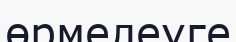
өрмелеуге